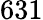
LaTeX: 631